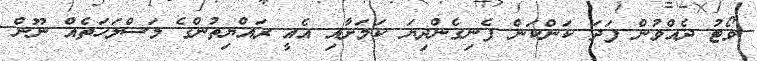
ވޯޓު ދެއްވުން ފަދަ ކަންކަން ފެނިގެންދިޔަ ކަމަށާއި އެއީ ރައްޔިތުންގެ މަސްލަހަތެއް ނޫން